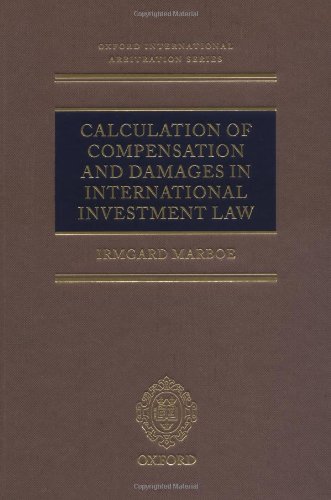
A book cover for Calculation of Compensation and Damages in International Investment Law (Oxford International Arbitration Series); Irmgard Marboe; Law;